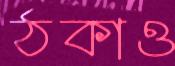
ঠকাও